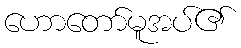
ဟောတော်မူအပ်၏